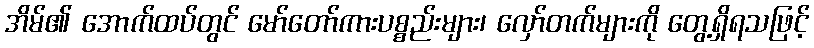
အိမ်၏ အောက်ထပ်တွင် မော်တော်ကားပစ္စည်းများ၊ လှော်တက်များကို တွေ့ရှိရသဖြင့်